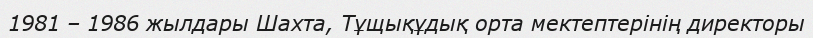
1981 – 1986 жылдары Шахта, Тұщықұдық орта мектептерінің директоры